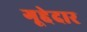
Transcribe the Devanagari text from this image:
गूद्देदार